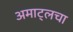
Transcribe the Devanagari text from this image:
अमाट्लचा